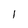
Character: l